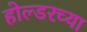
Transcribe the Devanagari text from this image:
होल्डरच्या